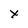
Character: x